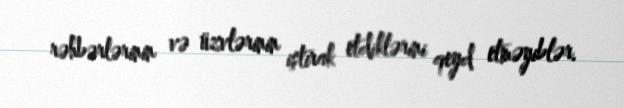
rəhbərlərinin və üzvlərinin iştirak etdiklərini qeyd etməyiblər.